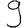
Digit: 9